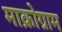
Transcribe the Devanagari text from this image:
माक्रोग्राम